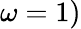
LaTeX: \omega=1)